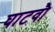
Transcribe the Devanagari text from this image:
घाटवौ